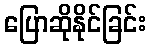
ပြောဆိုနိုင်ခြင်း